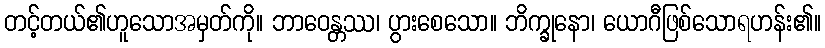
တင့်တယ်၏ဟူသောအမှတ်ကို။ ဘာဝေန္တဿ၊ ပွားစေသော။ ဘိက္ခုနော၊ ယောဂီဖြစ်သောရဟန်း၏။